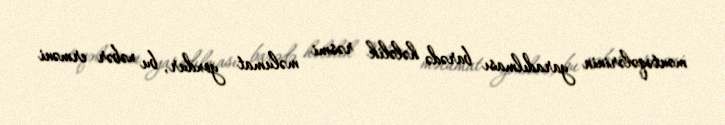
məntəqələrinin yaradılması barədə hələlik rəsmi məlumat yoxdur, bu xəbər erməni